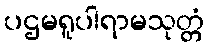
ပဌမရူပါရာမသုတ္တံ